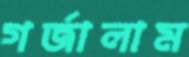
গর্জালাম